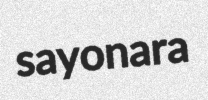
sayonara